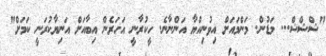
"ޝްޝްޝް... މަޑުން. މަންމައަށް އިވުނިއްޔާ އަންނާނެ. ހީކުރާނީ އަހަރެން އިބާއަށް އަނިޔާކުރަނީ ކަމަށް"